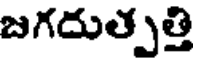
జగదుత్పత్తి